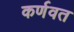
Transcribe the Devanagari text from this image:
कर्णवत